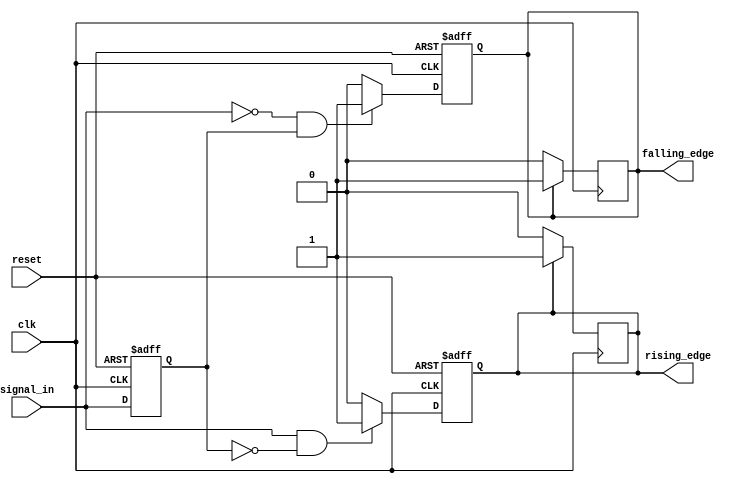
module dual_edge_detector (
    input wire clk,               // Clock input
    input wire reset,             // Asynchronous reset
    input wire signal_in,         // Input signal to detect edges
    output reg rising_edge,       // Output pulse for rising edge
    output reg falling_edge       // Output pulse for falling edge
);

    reg signal_in_prev;           // Register to hold the previous state of signal_in

    // Asynchronous reset and edge detection logic
    always @(posedge clk or posedge reset) begin
        if (reset) begin
            signal_in_prev <= 1'b0; // Initialize previous state to 0
            rising_edge <= 1'b0;     // Initialize rising edge output to 0
            falling_edge <= 1'b0;    // Initialize falling edge output to 0
        end else begin
            // Edge detection logic
            rising_edge <= (signal_in == 1'b1 && signal_in_prev == 1'b0) ? 1'b1 : 1'b0;
            falling_edge <= (signal_in == 1'b0 && signal_in_prev == 1'b1) ? 1'b1 : 1'b0;

            // Update previous state
            signal_in_prev <= signal_in;
        end
    end

    // Generate one clock cycle pulse for rising_edge and falling_edge
    always @(posedge clk) begin
        if (rising_edge) begin
            rising_edge <= 1'b1; // Assert rising edge for one clock cycle
        end else begin
            rising_edge <= 1'b0; // Deassert rising edge
        end

        if (falling_edge) begin
            falling_edge <= 1'b1; // Assert falling edge for one clock cycle
        end else begin
            falling_edge <= 1'b0; // Deassert falling edge
        end
    end

endmodule